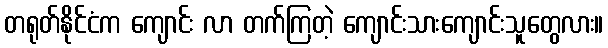
တရုတ်နိုင်ငံက ကျောင်း လာ တက်ကြတဲ့ ကျောင်းသားကျောင်းသူတွေလား။